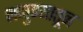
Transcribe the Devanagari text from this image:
नमुण्यातून